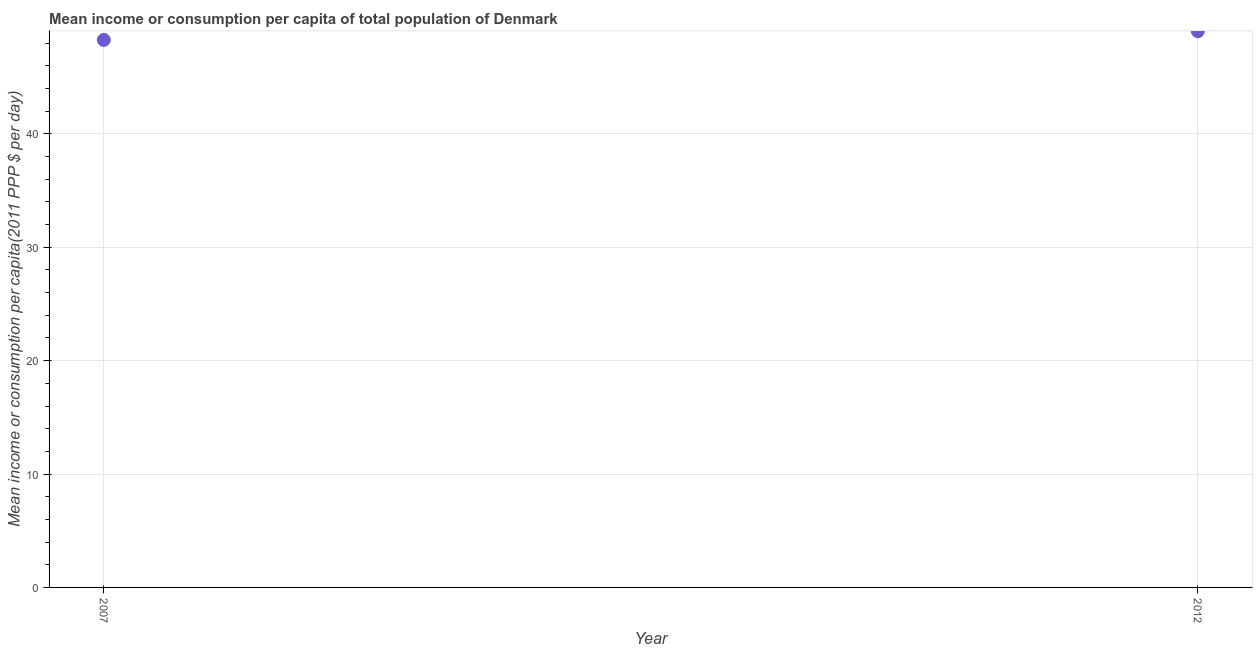
| Year | Total population |
 | --- | --- |
 | 2007 | 48.3 |
 | 2012 | 49.1 |